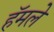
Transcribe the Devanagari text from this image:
हॅमले